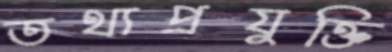
তথ্যপ্রযুক্তি